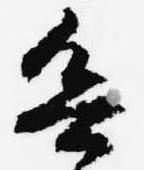
欲